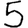
Digit: 5